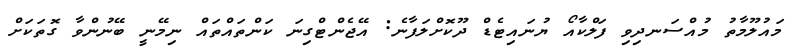
މައުލޫމާތު މުއްސަނދިވި ފަލްކާއޯ ޔުނައިޓެޑް ދޫކޮށްލަފާނެ: އޭޖެންޓްގިނަ ކަންތައްތައް ނިމޭނީ ބޭނުންވާ ގޮތަކަށް